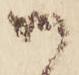
御